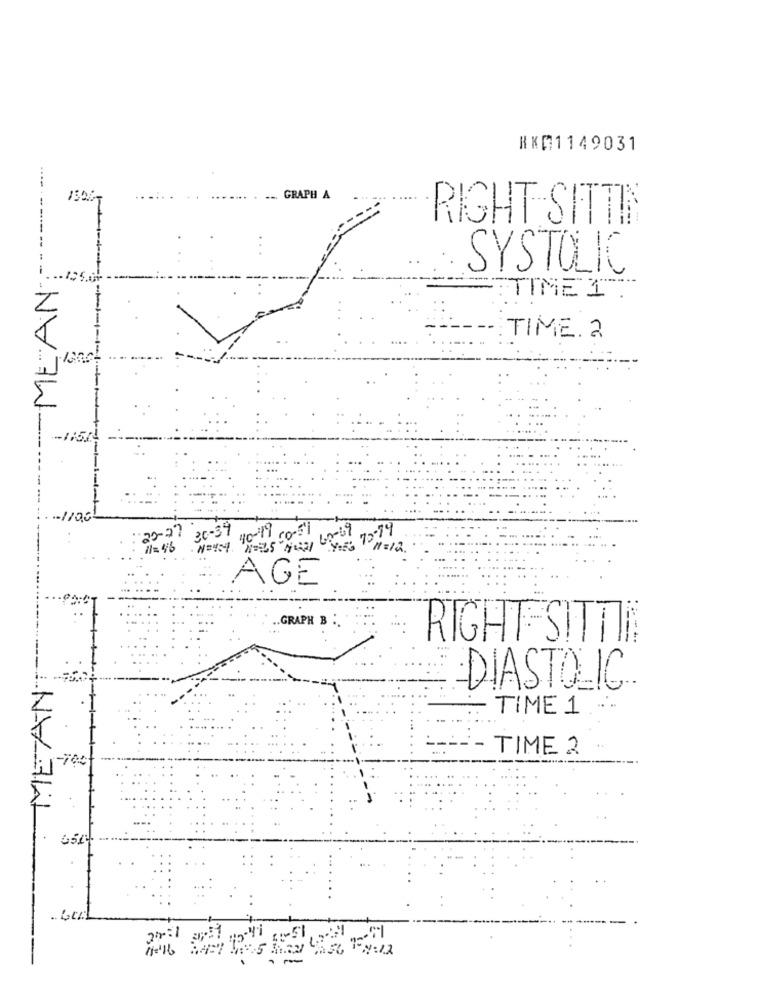
RKM1149031
150/
GRAPH A
RIGHT SITTIN
SYSTOLIC
TIME 1 .
Z
-
TIME. 2
1E:
Isac!
-- 1151
-1100
20-21 30-37
11= 46
n=12.
AGE
..
GRAPH B :.
RIGHT SITTIN
-DIASTOLIC
TIME 1
NA
----- TIME 2
Ty: 12
-